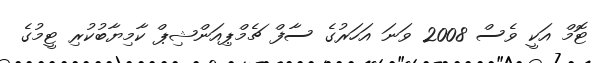
ޓޮމް އަކީ ވެސް 2008 ވަނަ އަހަރުގެ ސާފް ޗެމްޕިއަންޝިޕް ކާމިޔާބުކުރި ޓީމުގެ